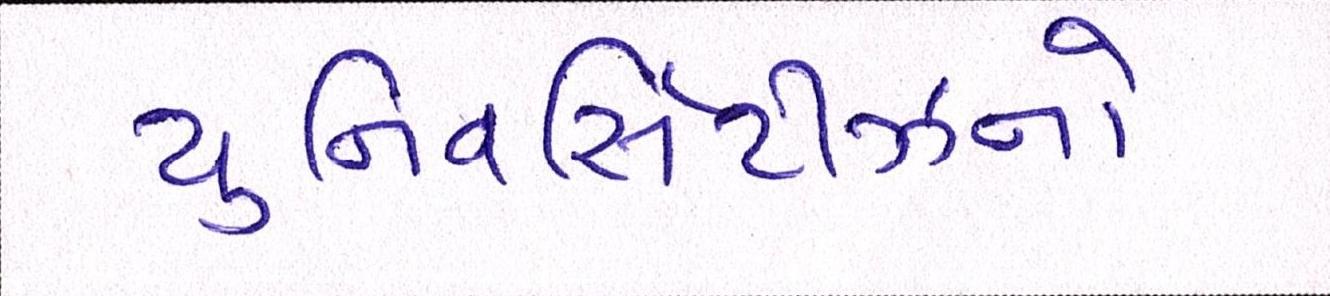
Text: યુનિવર્સિટીઝનો